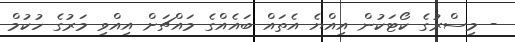
- މިސްރުގެ ކޯޓަކުން އިއްޔެ އެތައް ބައެއްގެ މައްޗަށް އިއްވި މަރުގެ ހުކުމް